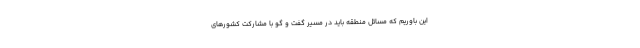
این باوریم که مسائل منطقه باید در مسیر گفت و گو با مشارکت کشورهای